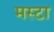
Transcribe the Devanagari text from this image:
मस्टा